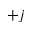
+ j